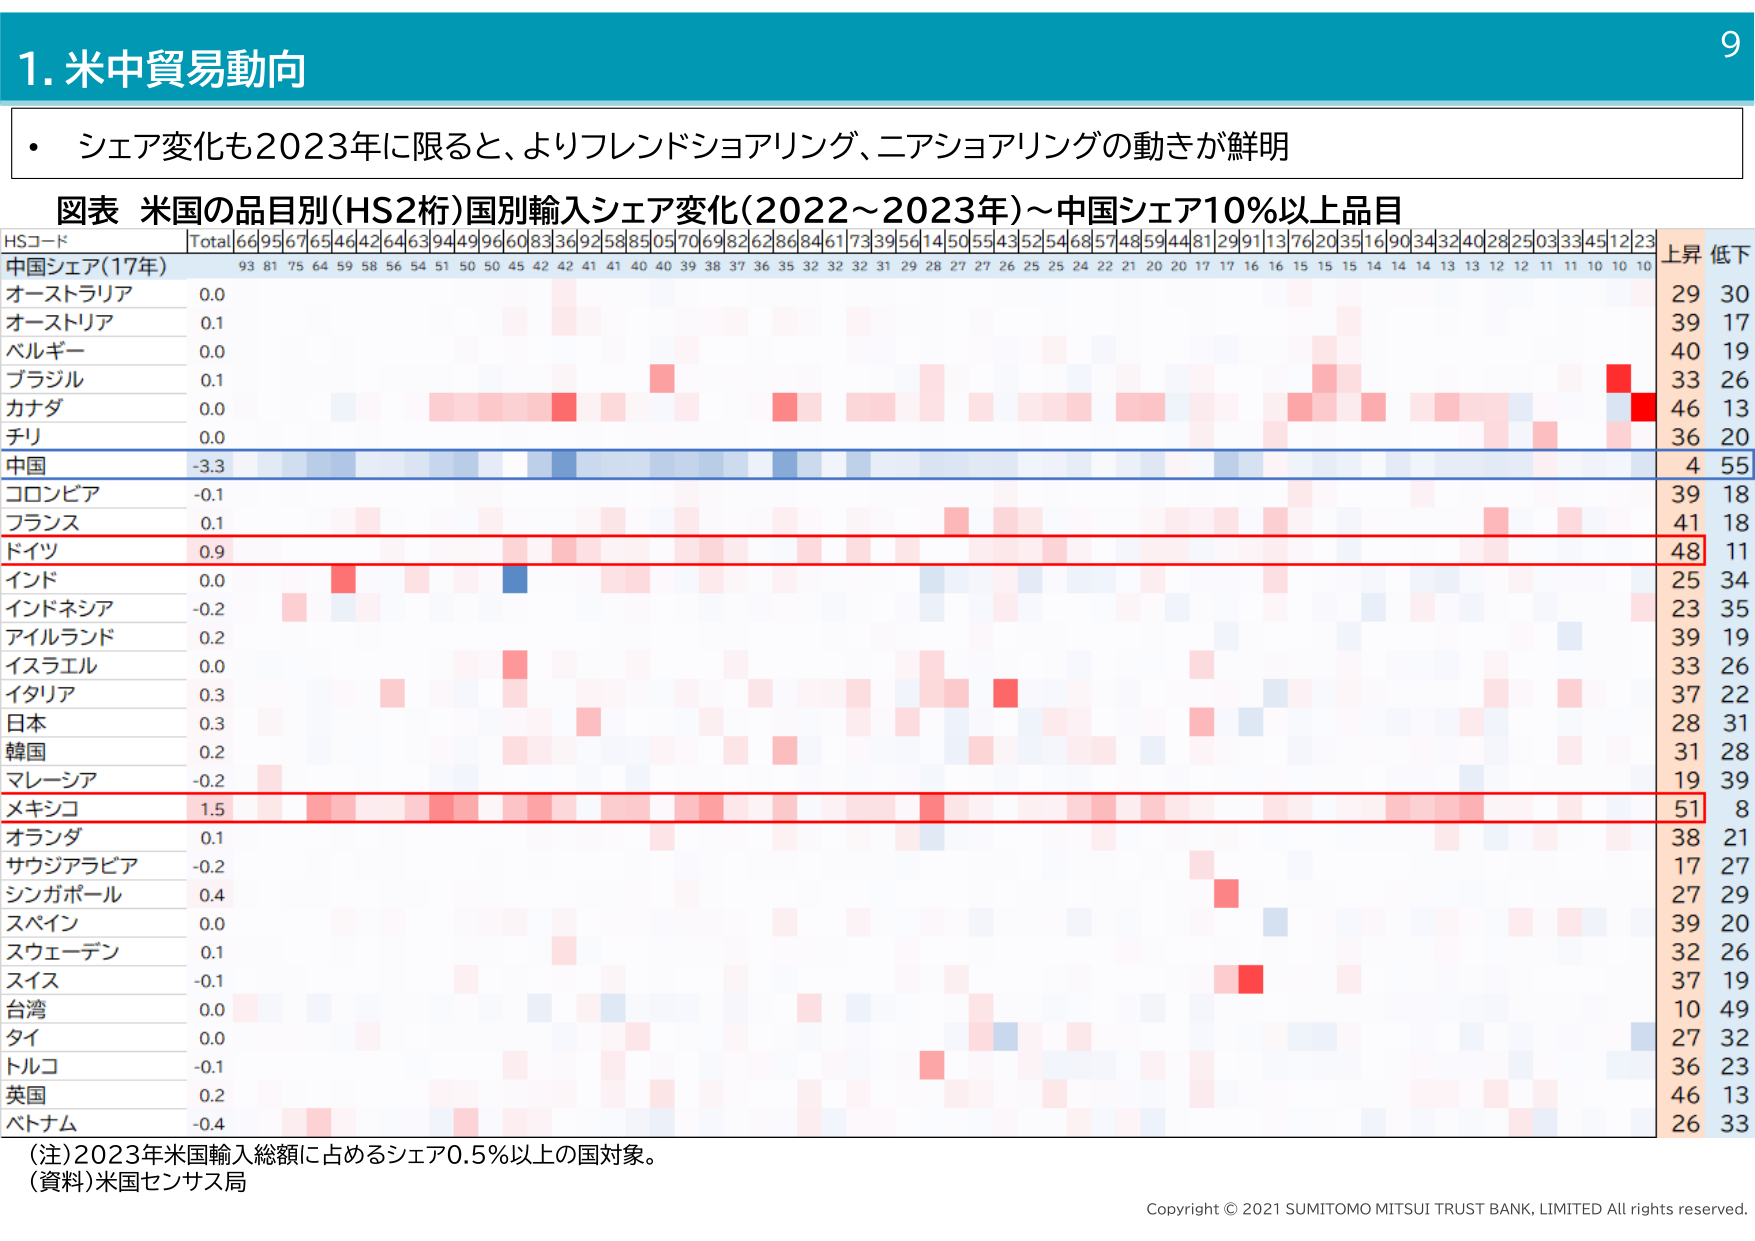
1. 米中貿易動向

・シェア変化も2023年に限ると、よりフレンドショアリング、ニアショアリングの動きが鮮明

図表 米国の品目別(HS2桁)国別輸入シェア変化(2022～2023年)～中国シェア10%以上品目

HSコード Total 66 95 67 65 46 42 64 63 94 49 96 60 83 36 92 58 85 05 70 69 82 62 86 84 61 73 39 56 14 50 55 43 52 54 68 57 48 59 44 81 29 91 13 76 20 35 16 90 34 32 40 28 25 03 33 45 12 23 上昇 低下
中国シェア(17年) 93 81 75 64 59 58 56 54 51 50 50 45 42 42 41 41 40 40 39 38 37 36 35 32 32 31 29 28 27 27 26 25 25 24 22 21 20 20 17 17 16 16 15 15 15 14 14 14 13 12 12 11 11 10 10 10
オーストラリア 0.0 29 30
オーストリア 0.1 39 17
ベルギー 0.0 40 19
ブラジル 0.1 33 26
カナダ 0.0 46 13
チリ 0.0 36 20
中国 -3.3 4 55
コロンビア -0.1 39 18
フランス 0.1 41 18
ドイツ 0.9 48 11
インド 0.0 25 34
インドネシア -0.2 23 35
アイルランド 0.2 39 19
イスラエル 0.0 33 26
イタリア 0.3 37 22
日本 0.3 28 31
韓国 0.2 31 28
マレーシア -0.2 19 39
メキシコ 1.5 51 8
オランダ 0.1 38 21
サウジアラビア -0.2 17 27
シンガポール 0.4 27 29
スペイン 0.0 39 20
スウェーデン 0.1 32 26
スイス -0.1 37 19
台湾 0.0 10 49
タイ 0.0 27 32
トルコ -0.1 36 23
英国 0.2 46 13
ベトナム -0.4 26 33

(注)2023年米国輸入総額に占めるシェア0.5%以上の国対象。
(資料)米国センサス局

Copyright © 2021 SUMITOMO MITSUI TRUST BANK, LIMITED All rights reserved.